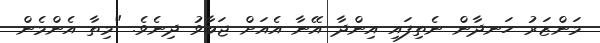
މަންޒަރު ހަނދާން ނެތިފައި އިންދާ އޭނާ އެއަށް ޖަބާވު ދިނެވެ. "މިތާ އެންމެން